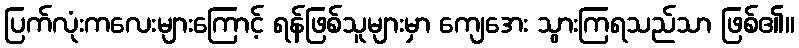
ပြက်လုံးကလေးများကြောင့် ရန်ဖြစ်သူများမှာ ကျေအေး သွားကြရသည်သာ ဖြစ်၏။